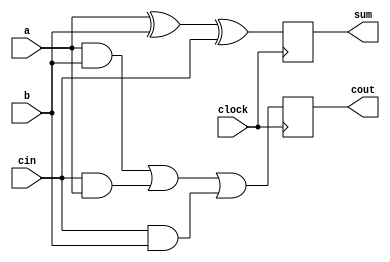
module full_adder(
clock,
a, b, cin,
sum, cout
);

// Variable Declarations
input wire a, b, cin, clock;
output reg sum, cout;

always @ (posedge clock)
begin : Full_Adder
	sum  = #1 a ^ b ^ cin;
	cout = #1 (a & b) | (cin & a) | (cin & b);
end

endmodule